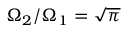
\Omega _ { 2 } / \Omega _ { 1 } = \sqrt { \pi }